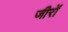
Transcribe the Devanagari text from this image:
जीरों